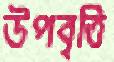
উপবৃত্তি